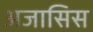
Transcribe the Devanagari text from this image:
अजासिस